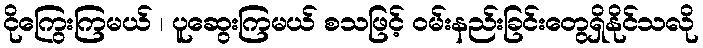
ငိုကြွေးကြမယ် ၊ ပူဆွေးကြမယ် စသဖြင့် ဝမ်းနည်းခြင်းတွေရှိနိုင်သလို